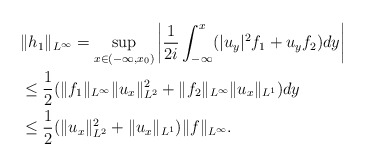
\begin{align*}& \|h_{1 }\|_{L^\infty} = \sup_{x\in (-\infty, x_0)} \bigg| \frac{1}{2i} \int_{-\infty}^x(|u_y|^2 f_1+u_yf_2)dy\bigg| \\ &\leq \frac{1}{2 } ( \|f_1\|_{L^\infty} \|u_x\|_{L^2}^2+\|f_2\|_{L^\infty} \|u_x\|_{L^1})dy \\ & \leq\frac{1}{2}(\|u_x\|^2_{L^2}+\|u_x\|_{L^1})\|f\|_{L^{\infty}}.\end{align*}